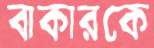
বাকারকে